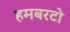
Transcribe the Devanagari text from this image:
हमबरटो